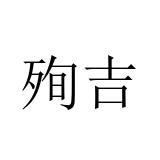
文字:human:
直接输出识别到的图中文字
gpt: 殉吉